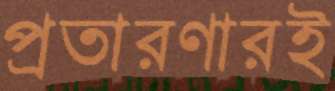
প্রতারণারই